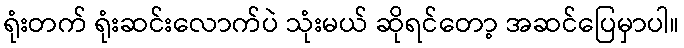
ရုံးတက် ရုံးဆင်းလောက်ပဲ သုံးမယ် ဆိုရင်တော့ အဆင်ပြေမှာပါ။